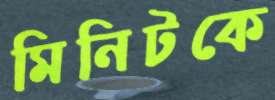
মিনিটকে